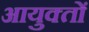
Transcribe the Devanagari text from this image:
आयुक्‍तों